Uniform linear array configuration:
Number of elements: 64
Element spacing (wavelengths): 1
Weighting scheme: cosine
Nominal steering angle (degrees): -15
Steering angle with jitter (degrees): -14.339
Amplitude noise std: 0.05
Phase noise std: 0.05

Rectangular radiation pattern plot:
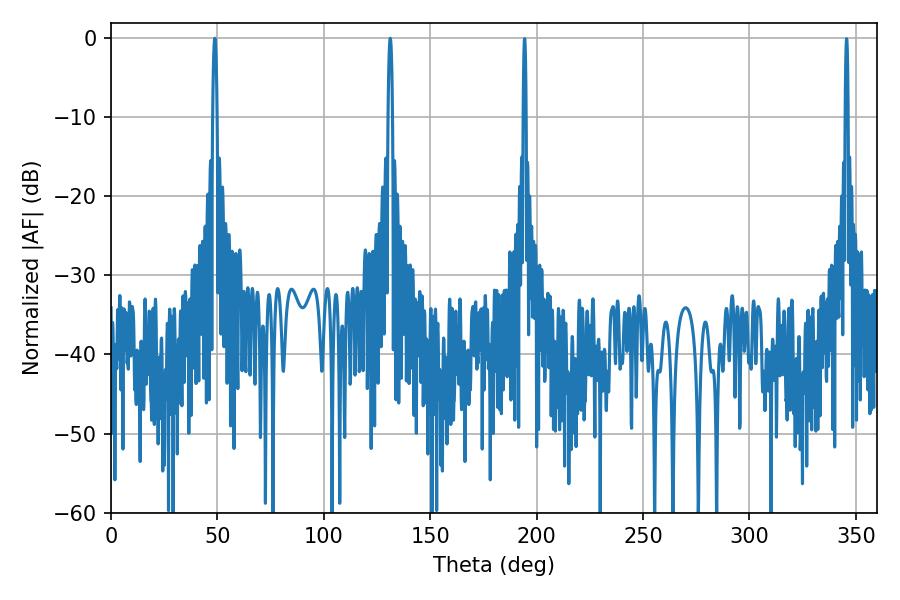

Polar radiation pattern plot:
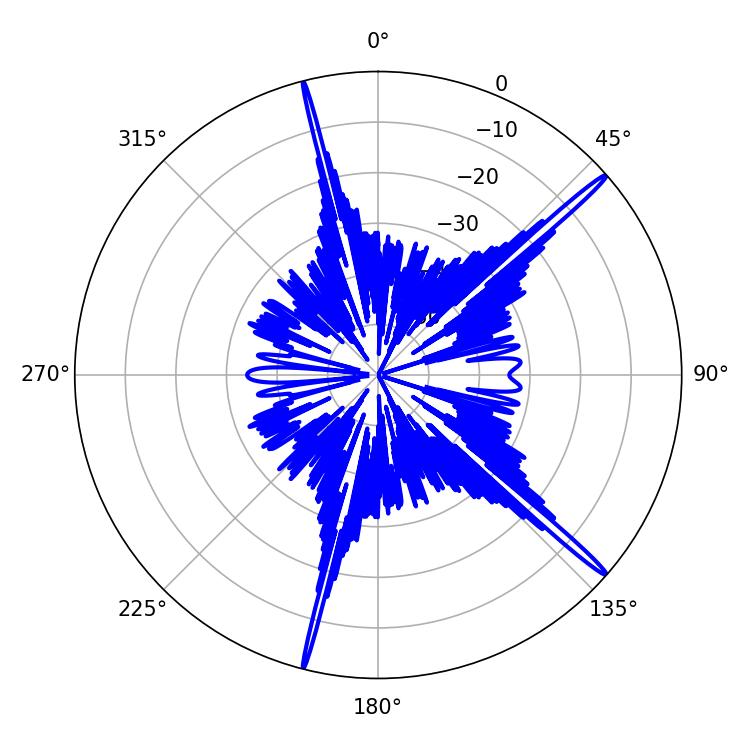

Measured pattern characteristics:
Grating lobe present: TRUE
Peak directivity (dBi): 18.544
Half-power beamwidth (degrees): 1.08
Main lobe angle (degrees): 48.78